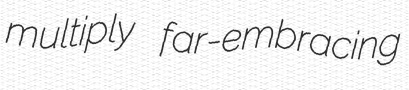
multiply far-embracing